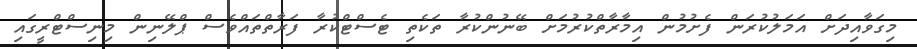
މިގަވާއިދަށް އަމަލުކުރަން ފެށުމުން އިމާރާތްކުރުމަށް ބޭނުންކުރާ ތަކެތި ޓެސްޓްކުރާ ފަރާތްތައްވެސް ޕްލޭނިން މިނިސްޓްރީގައި